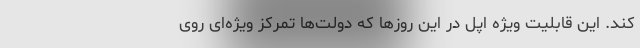
کند. این قابلیت ویژه اپل در این روزها که دولت‌ها تمرکز ویژه‌ای روی